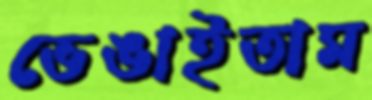
ভেঙাইতাম